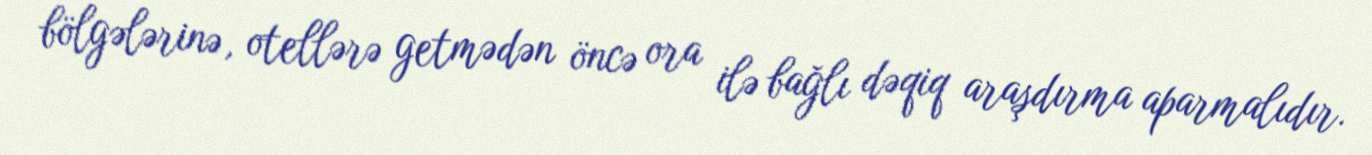
bölgələrinə, otellərə getmədən öncə ora ilə bağlı dəqiq araşdırma aparmalıdır.